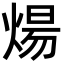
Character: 煬